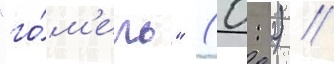
"го́м'ель" (0: 2) //